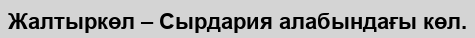
Жалтыркөл – Сырдария алабындағы көл.